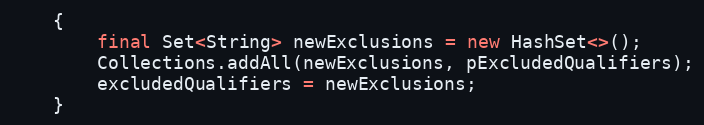
Language: Java
    {
        final Set<String> newExclusions = new HashSet<>();
        Collections.addAll(newExclusions, pExcludedQualifiers);
        excludedQualifiers = newExclusions;
    }